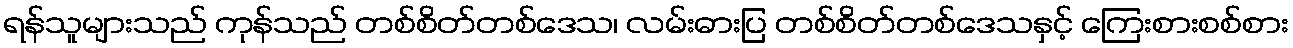
ရန်သူများသည် ကုန်သည် တစ်စိတ်တစ်ဒေသ၊ လမ်းဓားပြ တစ်စိတ်တစ်ဒေသနှင့် ကြေးစားစစ်စား